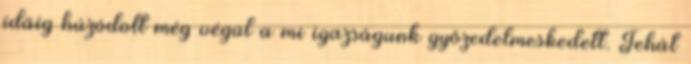
idáig húzódott még végül a mi igazságunk győzedelmeskedett. Tehát